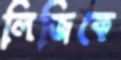
লিজিকে